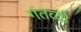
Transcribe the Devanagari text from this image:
गंतव्यो